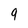
Character: 9